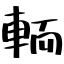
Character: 輀